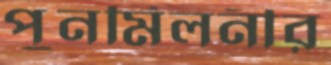
পুনর্মিলনীর